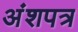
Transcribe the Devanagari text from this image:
अंशपत्र